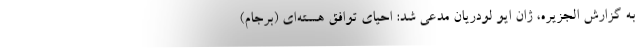
به گزارش الجزیره، ژان ایو لودریان مدعی شد: احیای توافق هسته‌ای (برجام)